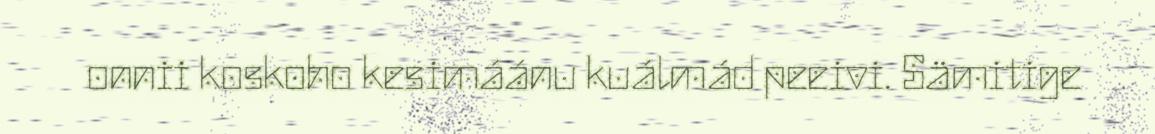
onnii koskoho kesimáánu kuálmád peeivi. Sämitige